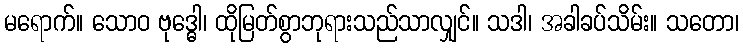
မရောက်။ သောဝ ဗုဒ္ဓေါ၊ ထိုမြတ်စွာဘုရားသည်သာလျှင်။ သဒါ၊ အခါခပ်သိမ်း။ သတော၊